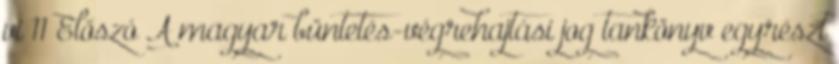
vi 11 Előszó A magyar büntetés-végrehajtási jog tankönyv egyrészt